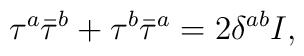
\tau^a\bar\tau^b+\tau^b\bar\tau^a=2\delta^{ab}I,